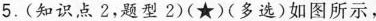
5.(知识点2，题型2)(★)(多选)如图所示，